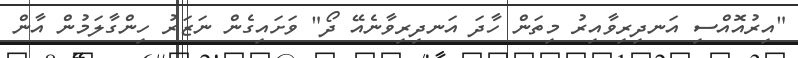
"އިރުއޮއްސި އަނދިރިވާއިރު މިތަން ހާދަ އަނދިރިވާނެއޭ ދޯ" ވަށައިގެން ނަޒަރު ހިންގާލަމުން އާން